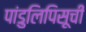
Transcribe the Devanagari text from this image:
पांडुलिपिसूची